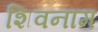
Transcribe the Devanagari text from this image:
शिवनाम